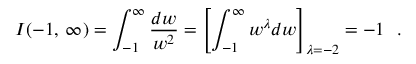
I ( - 1 , \: \infty ) = \int _ { - 1 } ^ { \infty } \frac { d w } { w ^ { 2 } } = \left[ \int _ { - 1 } ^ { \infty } w ^ { \lambda } d w \right] _ { \lambda = - 2 } = - 1 ~ ~ .